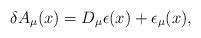
LaTeX: \begin{align*}\delta A_{\mu}(x) = D_{\mu} \epsilon(x) + \epsilon_{\mu}(x), \end{align*}